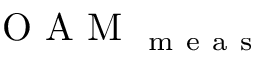
\mathrm { ~ O ~ A ~ M ~ } _ { \mathrm { ~ m ~ e ~ a ~ s ~ } }